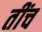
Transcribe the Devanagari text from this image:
तींच